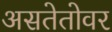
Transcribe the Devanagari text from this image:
असतेतोवर